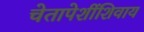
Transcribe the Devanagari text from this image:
चेतापेशींशिवाय